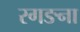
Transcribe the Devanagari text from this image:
रगङना